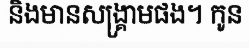
និងមានសង្គ្រាមផង។ កូន